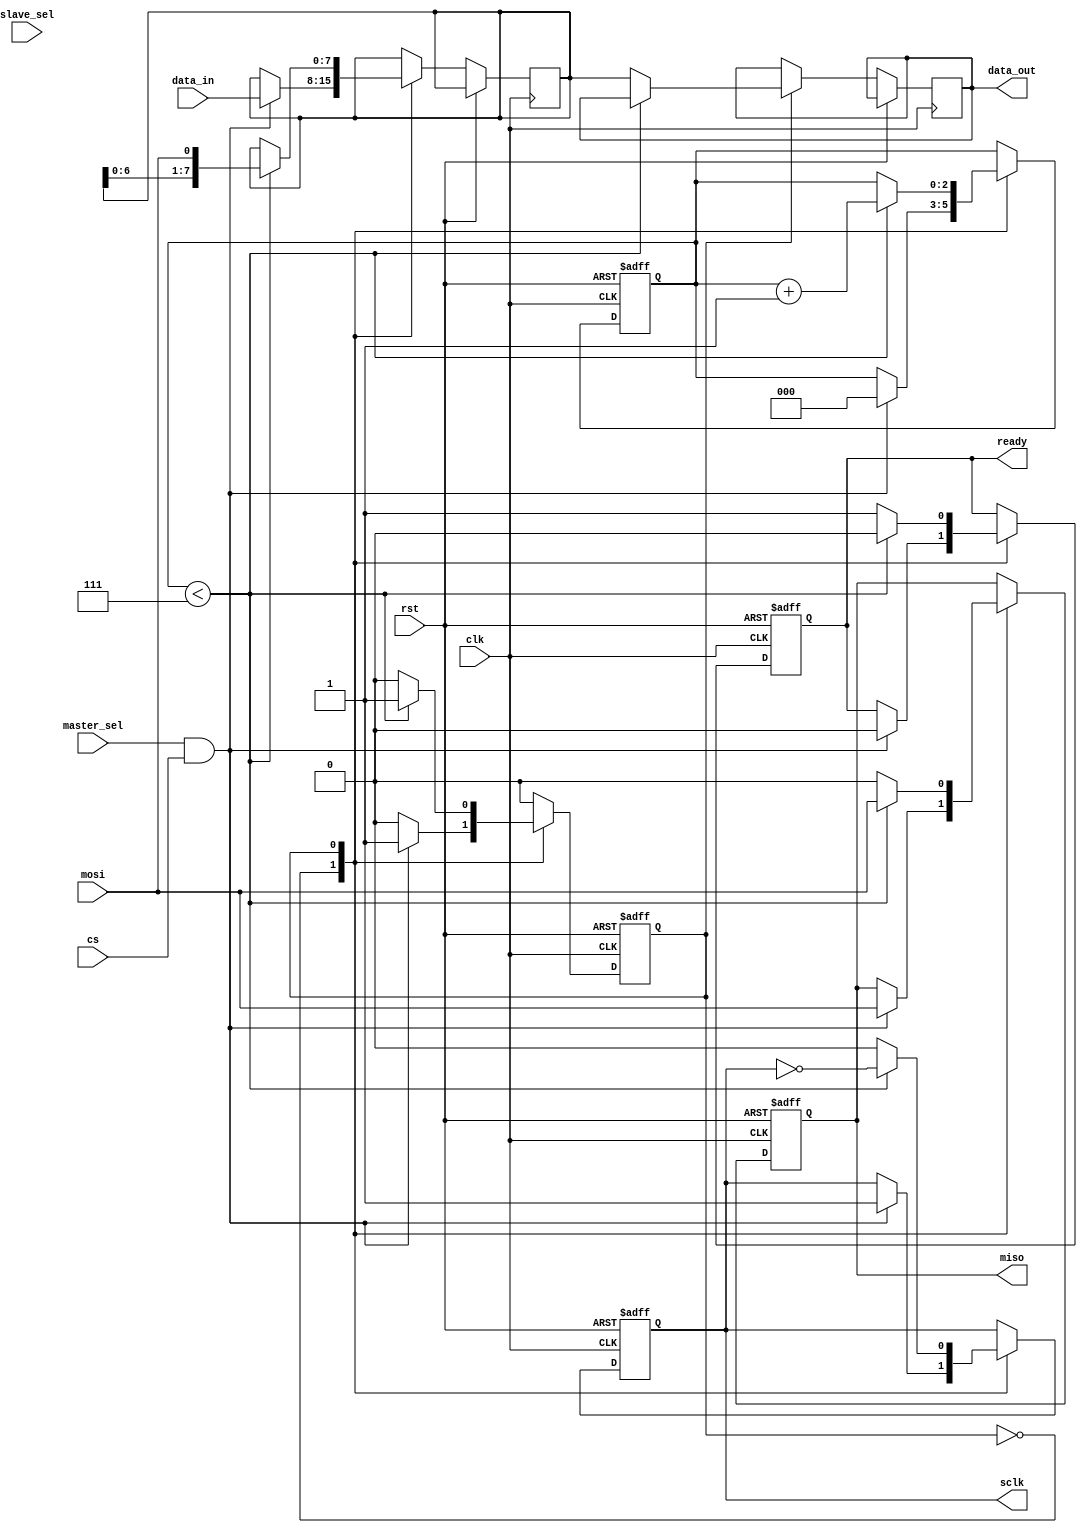
module SPI_Controller (
    input wire clk,
    input wire rst,
    input wire master_sel,
    input wire [2:0] slave_sel,
    input wire [7:0] data_in,
    output wire [7:0] data_out,
    output reg sclk,
    output reg miso,
    input wire mosi,
    input wire cs,
    output reg ready
);

reg [7:0] data_reg;
reg [7:0] data_out_reg;

parameter IDLE = 0;
parameter TRANSFER = 1;

reg state;
reg [2:0] counter;

always @ (posedge clk or posedge rst) begin
    if (rst) begin
        state <= IDLE;
        sclk <= 0;
        miso <= 0;
        counter <= 0;
        ready <= 0;
    end else begin
        case (state)
            IDLE: begin
                if (master_sel && cs) begin
                    state <= TRANSFER;
                    data_reg <= data_in;
                    counter <= 0;
                    sclk <= 1;
                    miso <= mosi;
                    ready <= 0;
                end
            end
            TRANSFER: begin
                if (counter < 7) begin
                    sclk <= !sclk;
                    miso <= mosi;
                    data_reg <= {data_reg[6:0], mosi};
                    counter <= counter + 1;
                    ready <= 0;
                end else begin
                    state <= IDLE;
                    sclk <= 0;
                    miso <= 0;
                    data_out_reg <= data_reg;
                    ready <= 1;
                end
            end
        endcase
    end
end

assign data_out = data_out_reg;

endmodule